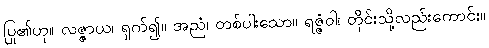
ပြု၏ဟု။ လဇ္ဇာယ၊ ရှက်၍။ အညံ၊ တစ်ပါးသော။ ရဇ္ဇံဝါ၊ တိုင်းသို့လည်းကောင်း။